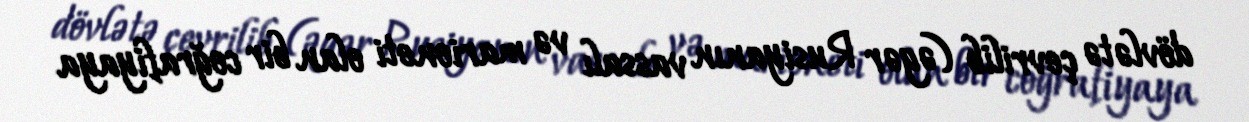
dövlətə çevrilib (əgər Rusiyanın vassalı və marioneti olan bir coğrafiyaya